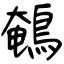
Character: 鵪